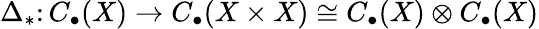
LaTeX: \Delta_{*}\colon C_{\bullet}(X)\to C_{\bullet}(X\times X)\cong C_{\bullet}(X)\otimes C_{\bullet}(X)